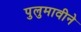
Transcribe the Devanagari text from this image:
पुलुमावीने